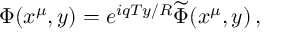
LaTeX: \Phi ( x ^ { \mu } , y ) = e ^ { i q T y / R } \widetilde \Phi ( x ^ { \mu } , y ) \, ,